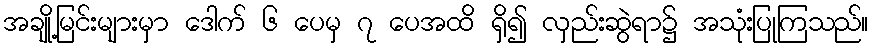
အချို့မြင်းများမှာ ဒေါက် ၆ ပေမှ ၇ ပေအထိ ရှိ၍ လှည်းဆွဲရာ၌ အသုံးပြုကြသည်။